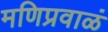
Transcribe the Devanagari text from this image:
मणिप्रवाळं